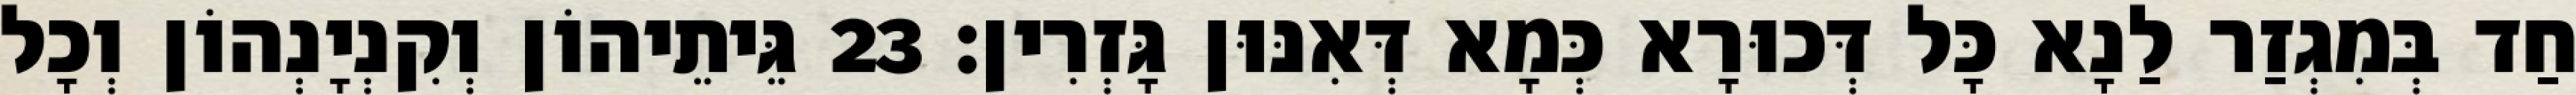
חַד בְּמִגְזַר לַנָא כָּל דְּכוּרָא כְּמָא דְּאִנּוּן גָּזְרִין׃ 23 גֵּיתֵיהוֹן וְקִנְיָנְהוֹן וְכָל